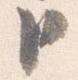
臣